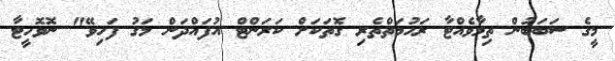
މީގެ ސަބަބުން ތިމާވެއްޓާ ރަހުމަތްތެރި ގޮތަކަށް ކަރަންޓް އުފައްދަން މަގު ފަހިވޭ" ނޮވޮހީޓާ